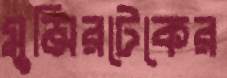
মুন্সিরটেকের